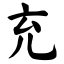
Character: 充